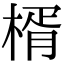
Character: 楈